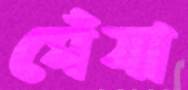
ঘেঁষা